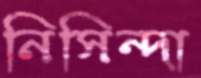
নিসিন্দা